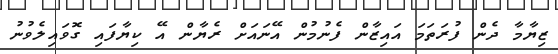
ޒިޔާމާ ދެން ފުރަތަމަ އައިޒާން ފެނުމުން އޭނައަށް ރެޔާން އޭ ކިޔާފައި ގޮވައިލެވުނު